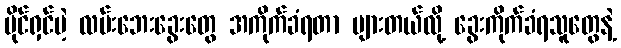
ပိုင်ရှင်မဲ့ လမ်းဘေးခွေးတွေ အကိုက်ခံရတာ များတယ်လို့ ခွေးကိုက်ခံရသူတွေနဲ့